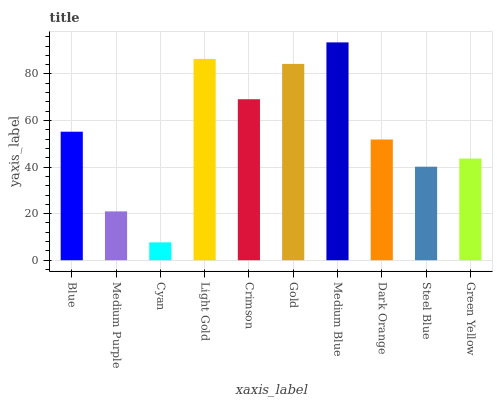
| xaxis_label | bars |
 | --- | --- |
 | Blue | 55.2 |
 | Medium Purple | 21 |
 | Cyan | 7.67 |
 | Light Gold | 86.4 |
 | Crimson | 69.1 |
 | Gold | 84.3 |
 | Medium Blue | 93.6 |
 | Dark Orange | 51.8 |
 | Steel Blue | 40.2 |
 | Green Yellow | 43.7 |